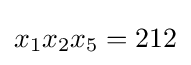
x_{1}x_{2}x_{5}=212